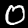
Digit: 0